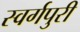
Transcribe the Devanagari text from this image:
स्वर्गपुरी